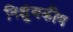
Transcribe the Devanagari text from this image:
निश्चुंबकीय